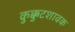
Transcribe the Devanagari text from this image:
कुक्कुटशावक